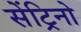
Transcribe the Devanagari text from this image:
सेंट्रिनो